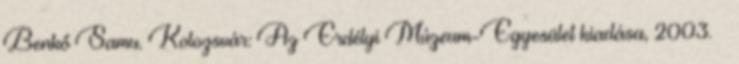
Benkő Samu. Kolozsvár: Az Erdélyi Múzeum-Egyesület kiadása, 2003. –